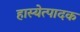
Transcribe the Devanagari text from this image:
हास्येत्पादक